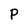
Character: P